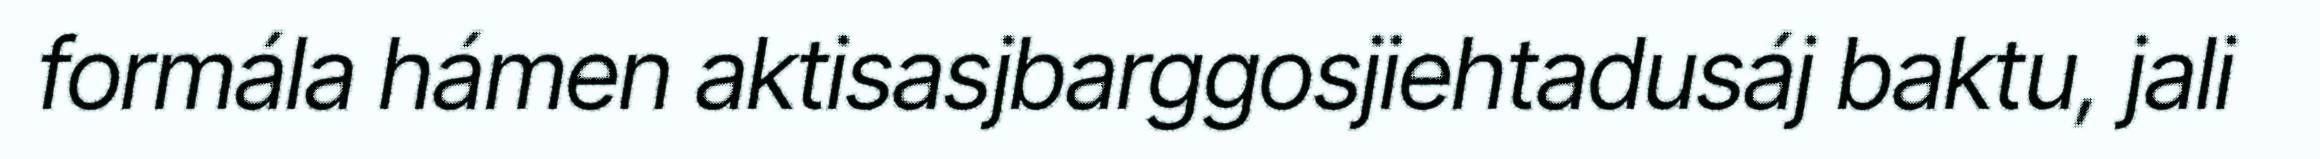
formála hámen aktisasjbarggosjiehtadusáj baktu, jali